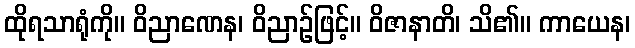
ထိုရသာရုံကို။ ဝိညာဏေန၊ ဝိညာဉ်ဖြင့်။ ဝိဇာနာတိ၊ သိ၏။ ကာယေန၊